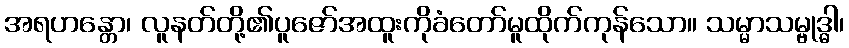
အရဟန္တော၊ လူနတ်တို့၏ပူဇော်အထူးကိုခံတော်မူထိုက်ကုန်သော။ သမ္မာသမ္ဗုဒ္ဓါ၊